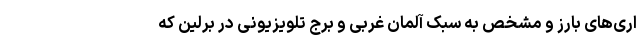
اری‌های بارز و مشخص به سبک آلمان غربی و برج تلویزیونی در برلین که